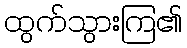
ထွက်သွားကြ၏